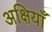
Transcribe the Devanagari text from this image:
अक्षियाँ